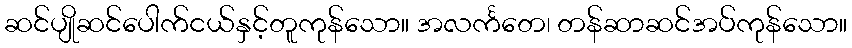
ဆင်ပျိုဆင်ပေါက်ငယ်နှင့်တူကုန်သော။ အလင်္ကတေ၊ တန်ဆာဆင်အပ်ကုန်သော။